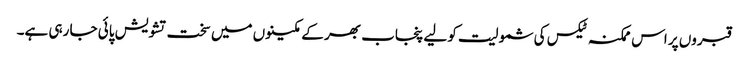
قبروں پر اس ممکنہ ٹیکس کی شمولیت کو لیے پنجاب بھر کے مکینوں میں سخت تشویش پائی جا رہی ہے۔